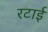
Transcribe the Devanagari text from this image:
रटाई